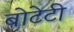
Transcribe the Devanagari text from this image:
बोटेटी